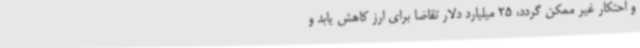
و احتکار غیر ممکن گردد، 25 میلیارد دلار تقاضا برای ارز کاهش یابد و